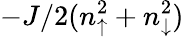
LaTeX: -J/2(n_{\uparrow}^{2}+n_{\downarrow}^{2})